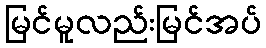
မြင်မူလည်းမြင်အပ်